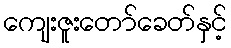
ကျေးဇူးတော်ခေတ်နှင့်